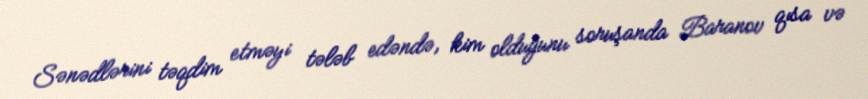
Sənədlərini təqdim etməyi tələb edəndə, kim olduğunu soruşanda Baranov qısa və